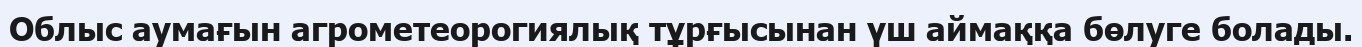
Облыс аумағын агрометеорогиялық тұрғысынан үш аймаққа бөлуге болады.